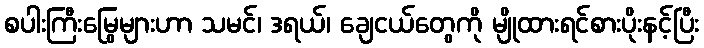
စပါးကြီးမြွေများဟာ သမင်၊ ဒရယ်၊ ချေငယ်တွေကို မျိုထားရင်စားပိုးနင့်ပြီး